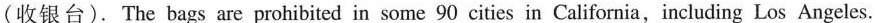
(收银台). The bags are prohibited in some 90 cities in California, including Los Angeles.